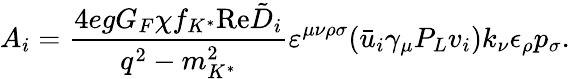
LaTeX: A_{i}={\frac{4egG_{F}\chi f_{K^{*}}\mathrm{Re}\tilde{D}_{i}}{q^{2}-m_{K^{*}}^{2}}}\varepsilon^{\mu\nu\rho\sigma}(\bar{u}_{i}\gamma_{\mu}P_{L}v_{i})k_{\nu}\epsilon_{\rho}p_{\sigma}.